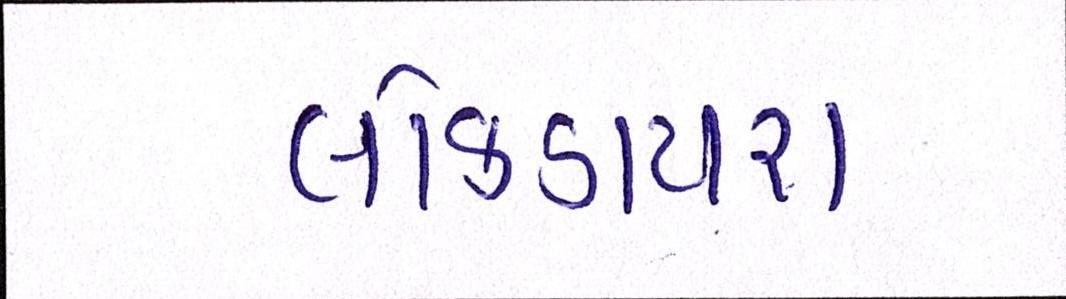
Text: લોકડાયરા